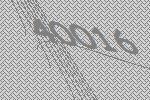
40016